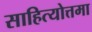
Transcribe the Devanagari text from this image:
साहित्योत्तमा